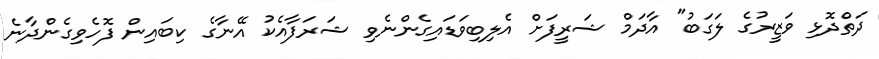
ދަތްދޮޅި ވަޒީރުގެ ލަގަބު" އާދަމް ޝަރީފަށް އެލިބިވަޑައިގެންނެވި ޝަރަފާއެކު އޭނާގެ ކިބައިން ފޮހެވިގެންދާނެ